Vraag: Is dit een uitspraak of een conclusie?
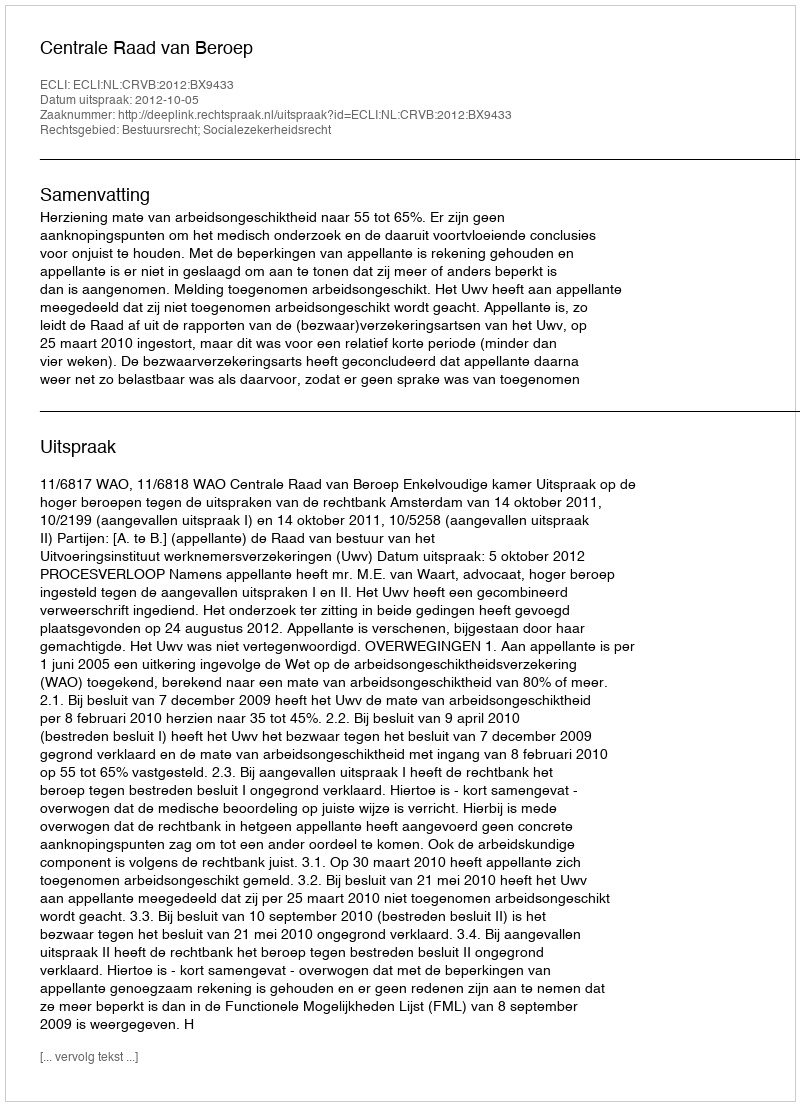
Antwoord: Uitspraak